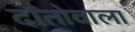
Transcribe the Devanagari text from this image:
दाँतोवाला